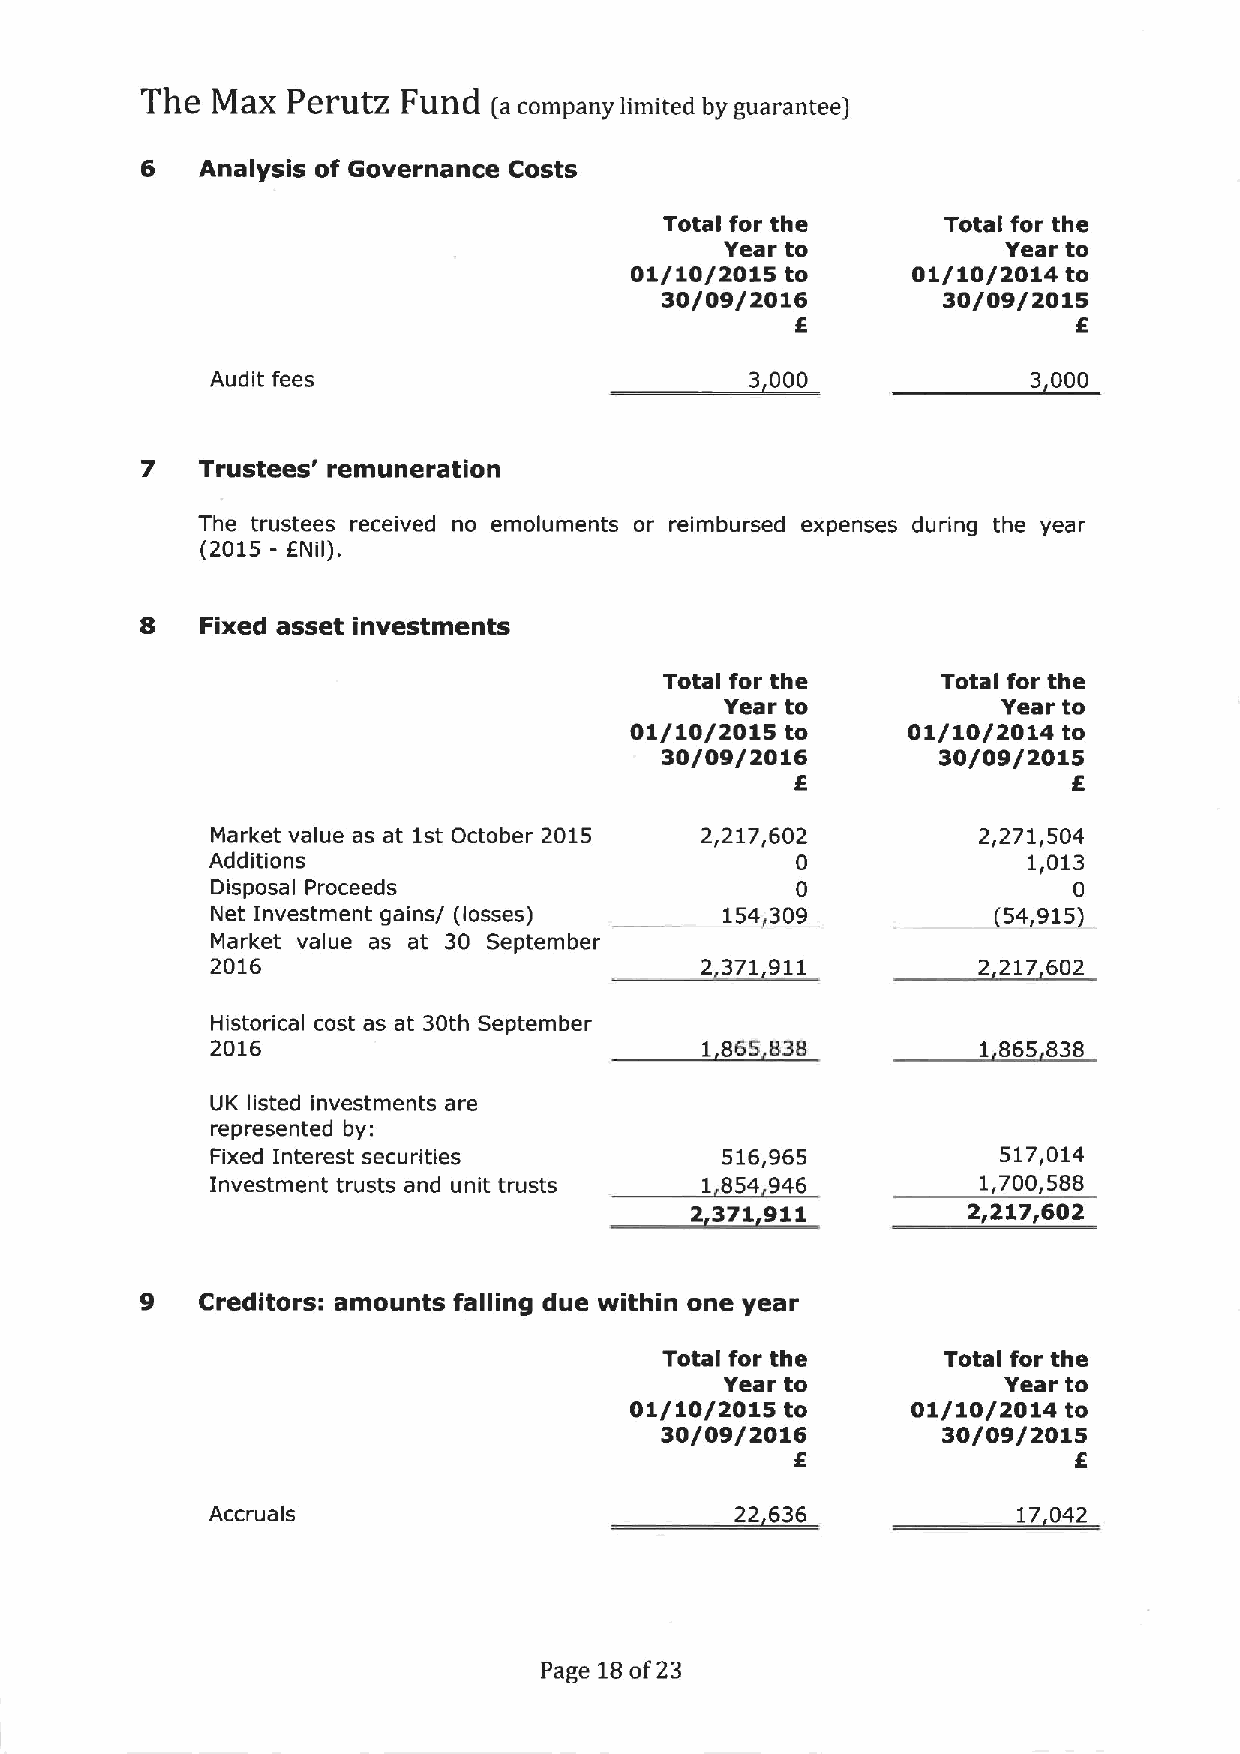
The  MaX  PerutZ  Fund  (a companylimited byguarantee)
 6   Analysis of Governance Costs
 Total for the      Total for the
 Year to            Year to
 01/10/2015 to     01/10/2014 to
 30/09/2016        30/09/2015
 5                 5
 Audit fees                          3 000             3 000
 7   Trustees' remuneration
 The trustees received no emoluments or reimbursed expenses during the year
 (2015 - ENil).
 8   Fixed asset investments
 Total for the     Total for the
 Year to           Year to
 01/10/2015 to     01/10/2014 to
 30/09/2016        30/09/2015
 5                 6
 Market value as at 1st October 2015 2,217,602      2,271,504
 Additions                              0              1,013
 Disposa Proceeds                       0                 0
 I
 Net Investment gains/ (losses)    154 309           54 915
 Market value as at 30 September
 2016                            2 371 911          2 217 602
 Historical cost as at 30th September
 2016                            1 865 838          1 865 838
 UK listed investments are
 represented by:
 Fixed Interest securities         516,965           517,014
 Investment trusts and unit trusts 1 854 946        1,700,588
 2 371911          2,217,602
 9   Creditors: amounts falling due within one year
 Total for the     Total for the
 Year to           Year to
 01/10/2015 to     01/10/2014 to
 30/09/2016        30/09/2015
 5                 5
 Accruals                           22 636            17 042
 Page 18of23